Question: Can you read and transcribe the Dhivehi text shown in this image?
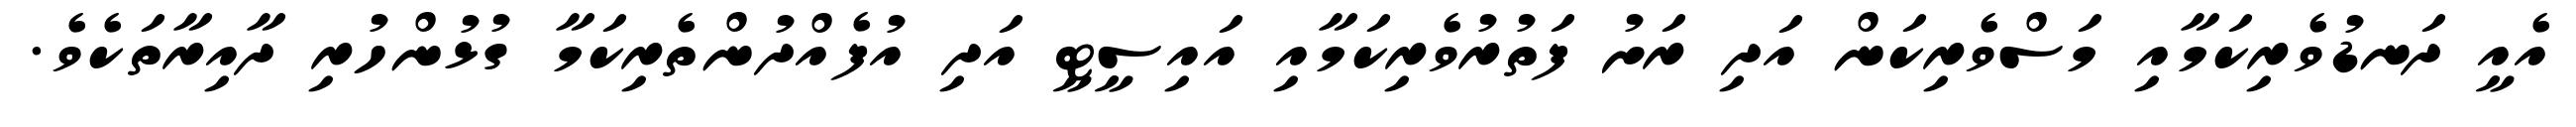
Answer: އެއީ ދަނޑުވެރިކަމާއި މަސްވެރިކަން އަދި ރަށު ފަތުރުވެރިކަމާއި އައިސީޓީ އަދި އުފެއްދުންތެރިކަމާ ގުޅުންހުރި ދާއިރާތަކެވެ.